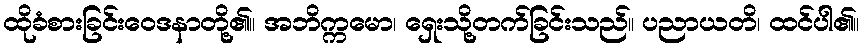
ထိုခံစားခြင်းဝေဒနာတို့၏။ အဘိက္ကမော၊ ရှေးသို့တက်ခြင်းသည်။ ပညာယတိ၊ ထင်ပါ၏။